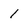
Character: 1